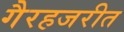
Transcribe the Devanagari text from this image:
गैरहजरीत